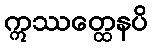
ဣဿတ္ထေနပိ